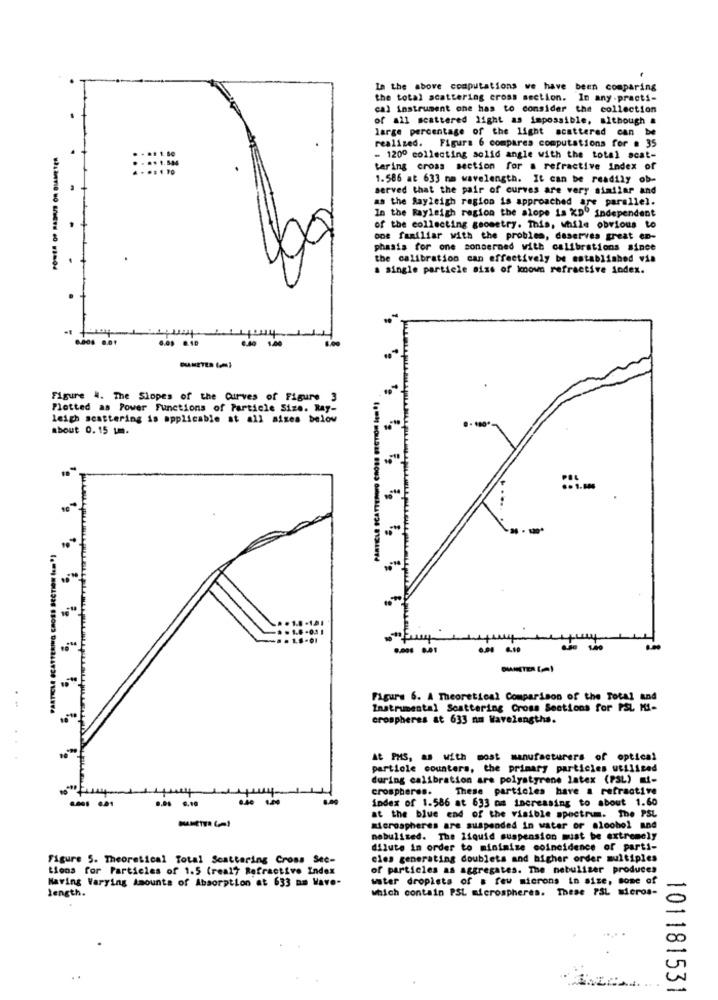
In the above computations we have been comparing
the total acattering cross section. In any .practi-
cal instrument one has to consider the collection
of all scattered light as impossible, although #
large percentage of the light scattered can be
realized. Figura 6 compares computations for # 35
= 1200 collecting solid angle with the total scat-
tering cross section for a refractive index of
1.586 at 633 no wavelength. It can be readily ob-
served that the pair of curves are very similar and
as the Rayleigh region is approached are parallel.
In the Rayleigh region the alope is XD" independent
of the collecting geometry. This, while obvious to
one familiar with the problem, deserves great en-
phasis for one concerned with calibrations since
the calibration can effectively be established via
a single particle size of known refractive index.
1
6.406 6.01
1.00
Figure 4. The Slopes of the Curves of Figure 3
Plotted as Power Functions of Particle Size. Ray-
leigh scattering is applicable at all sizes below
about 0.15 um.
.- 1.800
Figure 6. A Theoretical Comparison of the Total and
Instrumental Scattering Cross Sections for PSL MI-
crospheres at 633 nm Wavelengths.
At PMS, as with most manufacturers of optical
particle counters, the primary particles utiliced
during calibration are polystyrene latex (PSL) mi-
crospheres.
These particles have a refractive
index of 1.586 at 633 am increasing to about 1.60
at the blue end of the visible spectrum. The PSL
microspheres are suspended in water or alcohol and
nebulised. The liquid suspension must be extremely
dilute in order to minimize coincidence of parti-
Figure 5. Theoretical Total Scattering Cross Sec-
cles generating doublets and higher order multiples
tions for Particles of 1.5 (real? Refractive Index
of particles as aggregates. The nebulizer produces
Having Varying Amounts of Absorption at 633 mm Have-
water droplets of a few microns in size, some of
which contain PSL microspheres. These PSL micros-
length.
101181531